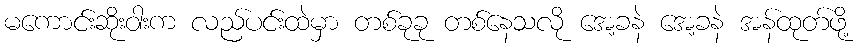
မကောင်းဆိုးဝါးက လည်ပင်းထဲမှာ တစ်ခုခု တစ်နေသလို အေ့ခနဲ အေ့ခနဲ အန်ထုတ်ဖို့